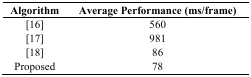
<table><thead><tr><td><b>Algorithm</b></td><td><b>Average Performance (ms/frame)</b></td></tr></thead><tbody><tr><td>[16]</td><td>560</td></tr><tr><td>[17]</td><td>981</td></tr><tr><td>[18]</td><td>86</td></tr><tr><td>Proposed</td><td>78</td></tr></tbody></table>